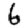
Digit: 6